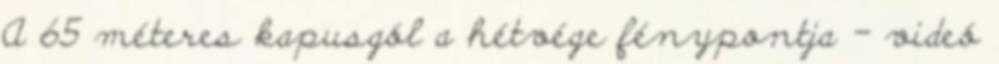
A 65 méteres kapusgól a hétvége fénypontja - videó